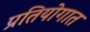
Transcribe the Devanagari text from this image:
प्रतियोगात